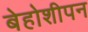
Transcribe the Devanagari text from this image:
बेहोशीपन